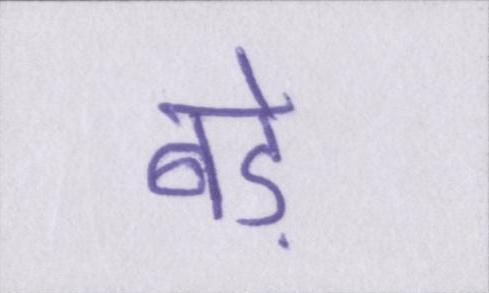
बड़े